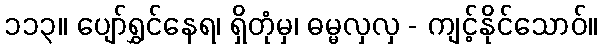
၁၁၃။ ပျော်ရွှင်နေရ၊ ရှိတုံမှ၊ ဓမ္မလှလှ - ကျင့်နိုင်သောဝ်။